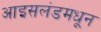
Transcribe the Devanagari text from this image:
आइसलंडमधून